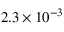
2 . 3 \times 1 0 ^ { - 3 }